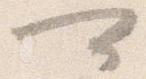
可